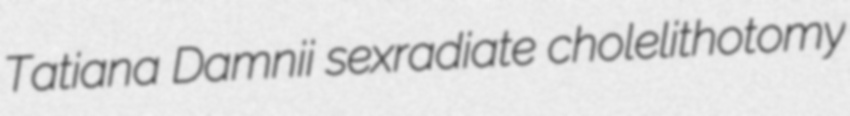
Tatiana Damnii sexradiate cholelithotomy